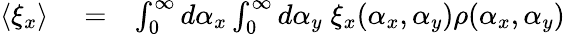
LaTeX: \begin{array}{rlr}{\langle\xi_{x}\rangle}&{{}=}&{\int_{0}^{\infty}d\alpha_{x}\int_{0}^{\infty}d\alpha_{y}\; \xi_{x}(\alpha_{x},\alpha_{y})\rho(\alpha_{x},\alpha_{y})}\end{array}